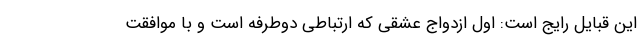
این قبایل رایج است: اول ازدواج عشقی که ارتباطی دوطرفه است و با موافقت